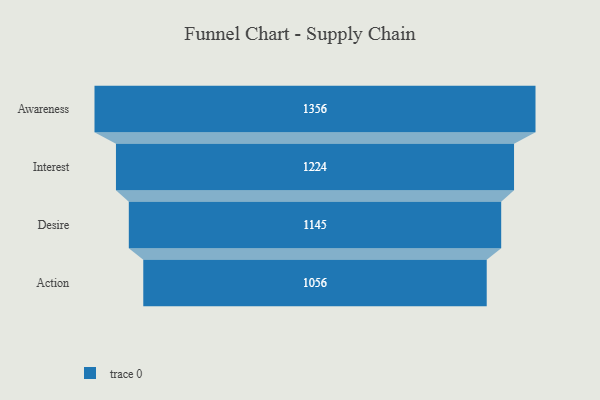
{"axis": {"x": "Stage", "y": "Value"}, "legend": [""], "data": [{"x": "Awareness", "y": 1356.0, "type": ""}, {"x": "Interest", "y": 1224.0, "type": ""}, {"x": "Desire", "y": 1145.0, "type": ""}, {"x": "Action", "y": 1056.0, "type": ""}]}